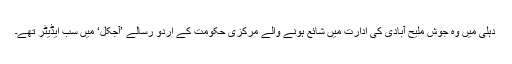
دہلی میں وہ جوش ملیح آبادی کی ادارت میں شائع ہونے والے مرکزی حکومت کے اردو رسالے ’آجکل‘ میں سب ایڈیٹر تھے۔